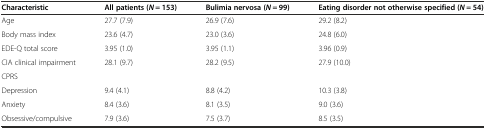
| Characteristic | All patients (N = 153) | Bulimia nervosa (N = 99) | Eating disorder not otherwise specified (N = 54) |
 | --- | --- | --- | --- |
 | Age | 27.7 (7.9) | 26.9 (7.6) | 29.2 (8.2) |
 | Body mass index | 23.6 (4.7) | 23.0 (3.6) | 24.8 (6.0) |
 | EDE-Q total score | 3.95 (1.0) | 3.95 (1.1) | 3.96 (0.9) |
 | CIA clinical impairment | 28.1 (9.7) | 28.2 (9.5) | 27.9 (10.0) |
 | CPRS |  |  |  |
 | Depression | 9.4 (4.1) | 8.8 (4.2) | 10.3 (3.8) |
 | Anxiety | 8.4 (3.6) | 8.1 (3.5) | 9.0 (3.6) |
 | Obsessive/compulsive | 7.9 (3.6) | 7.5 (3.7) | 8.5 (3.5) |